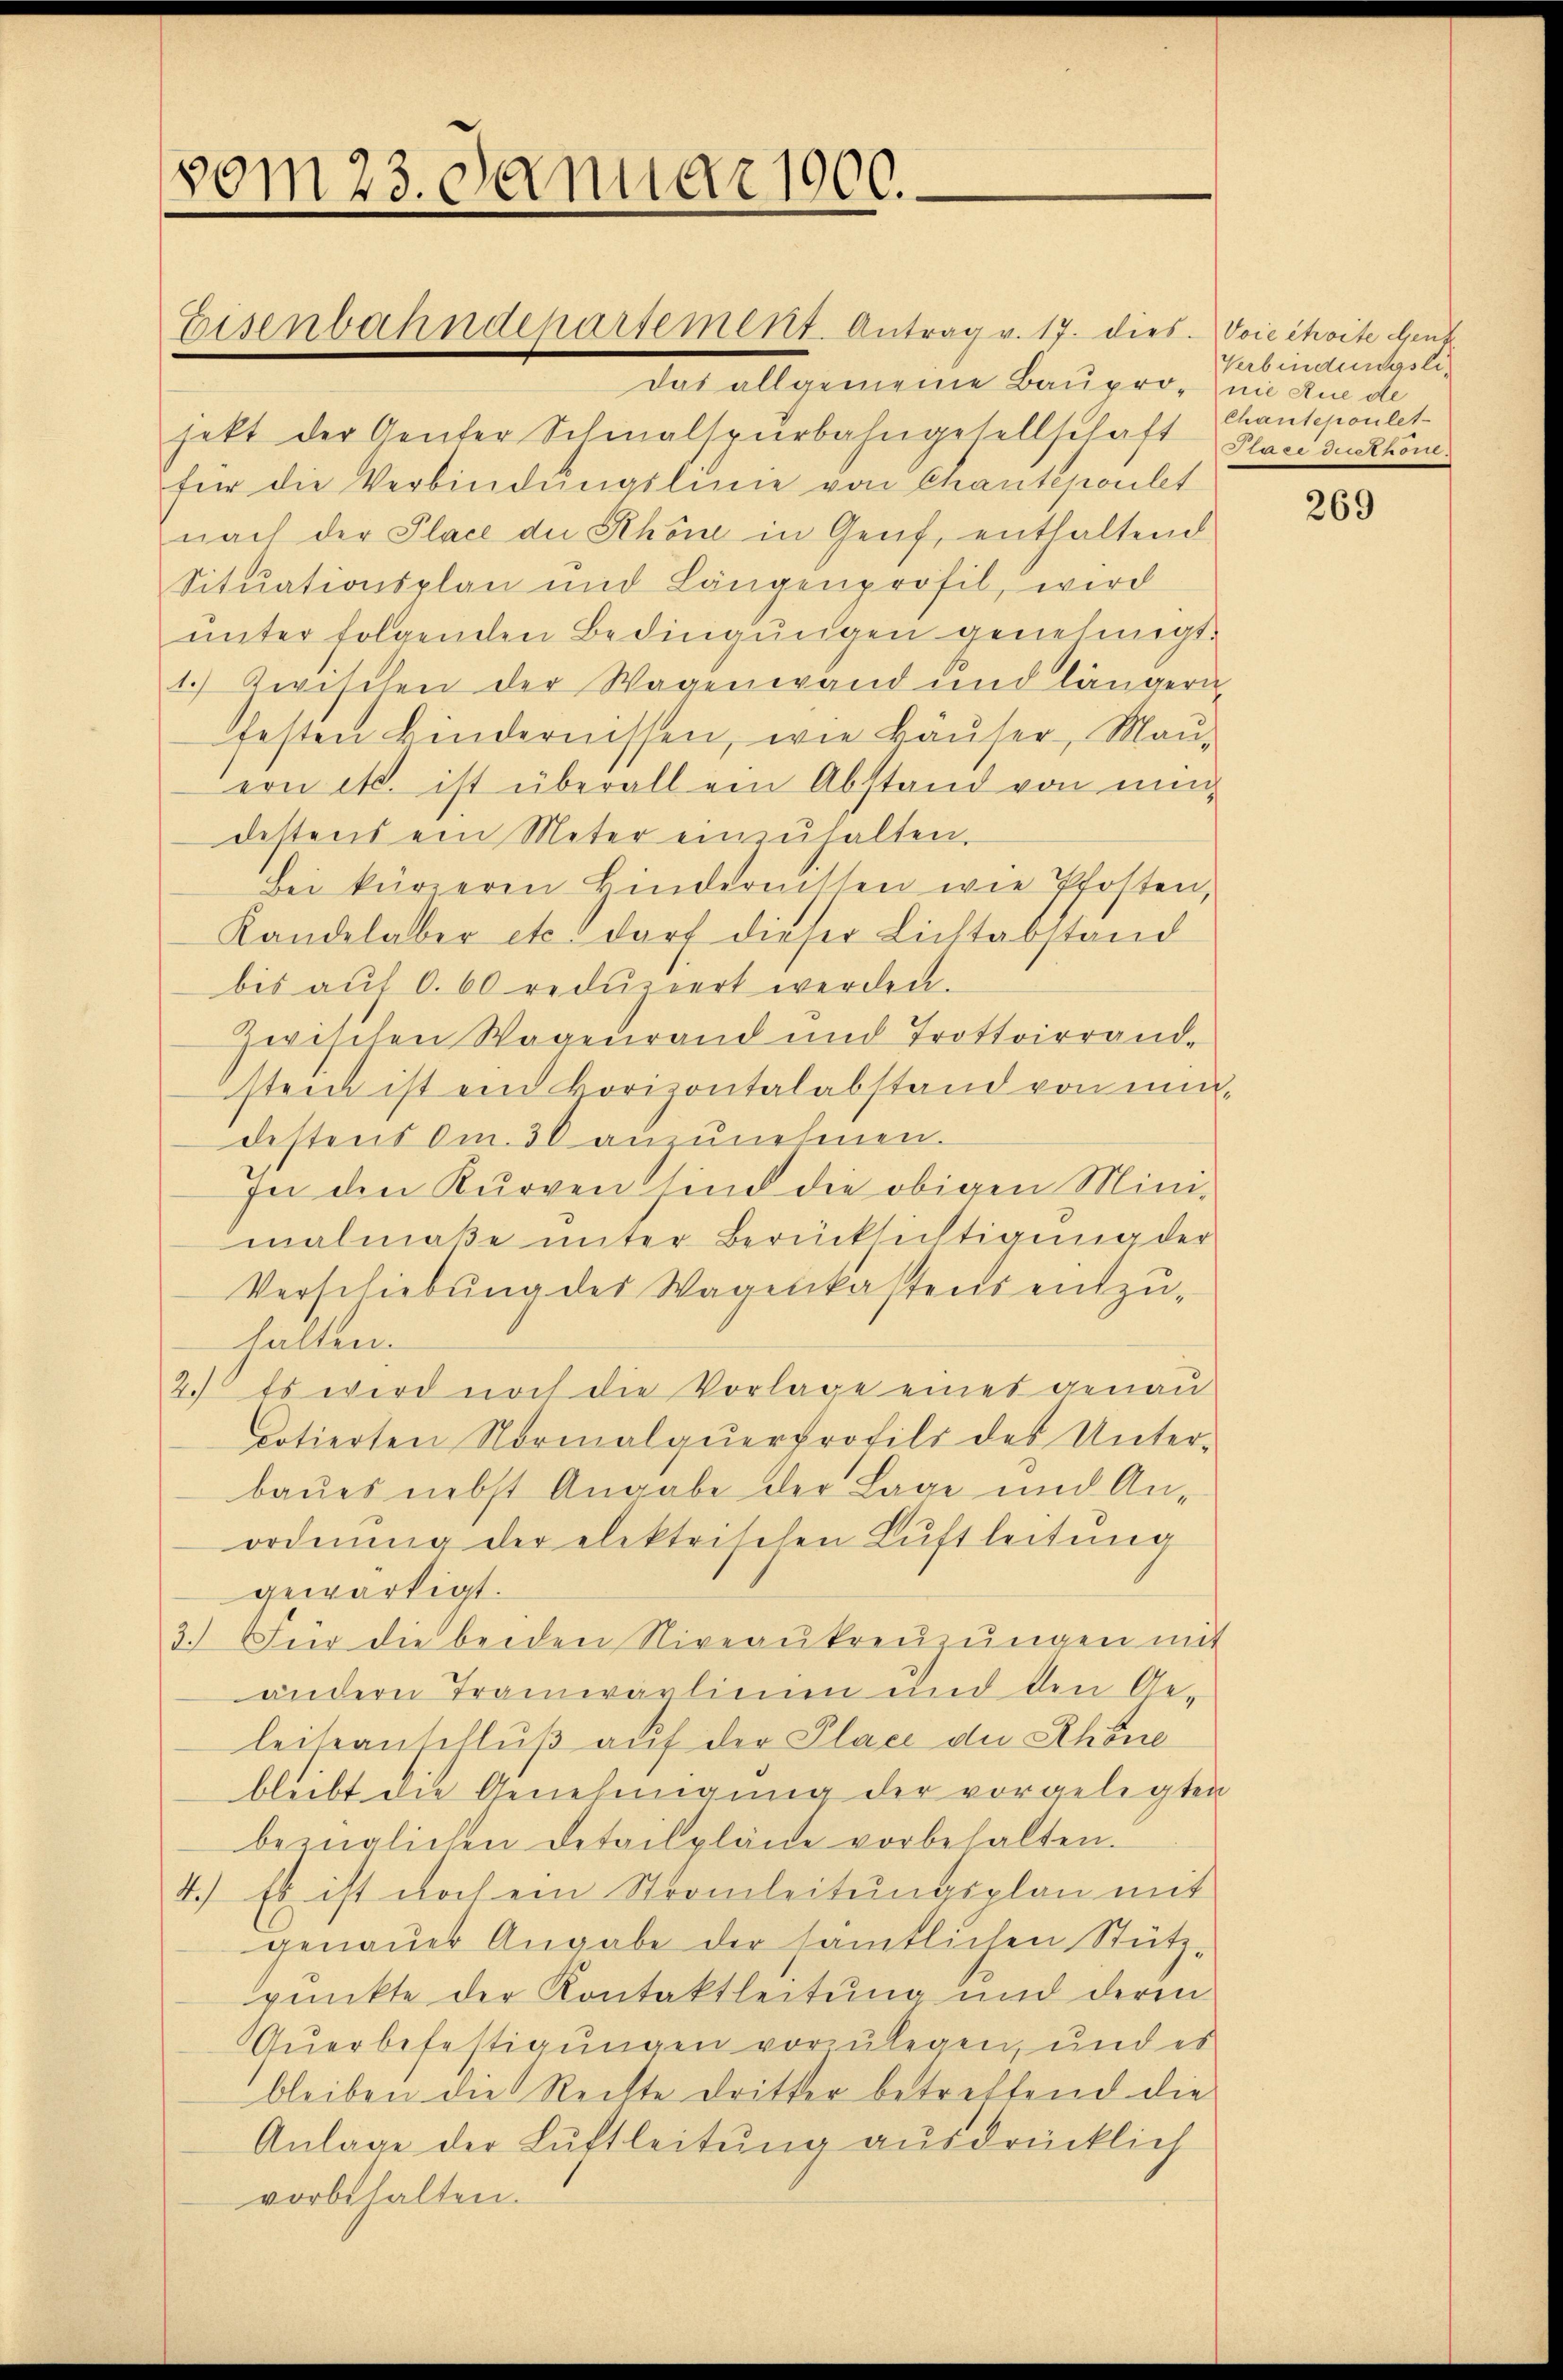
vom 23. Januar 1900.

Eisenbahndepartement. Antrag v. 17. dies. Voie choite Gent
das allgemeine Baupro- nie Rue de
jekt der Genter Schmalspurbahngesellschaft Plan der könfür die Verbindŭngslinie von Chautenaubt
nach der Place die Schöne in Genf, enthaltend
Situationsplan und Längenprofil, wird
ŭnter folgenden Bedingŭngen genehmigt.
1.) Zwischen der Wagenwand und längern
festen kindernissen, wie Bäŭser, Maŭ-
eon etc. ist überall ein Abstand von nun
destens ein Meter einzŭhalten.
Bei kürzeren Kindernitten wie Pfosten,
Kandelaber etc. darf dieser Lichtabstand
bis auf 0.60 reduziert werden.
Zwischen Wagenrand und Trottoirrandstein ist ein Horizontalabstand von nundestens Om. 30 anzunehmen.
In den Kurven sind die obigen Minimalmaße unter Berücksichtigung der
Verschiebŭng des Wagenkastens entzŭ-
halten.
2. Es wird noch die Vorlage eines genau
dotierten Normalqŭerprofils des Unter-
baues nebst Angabe der Lage und Anordnung der elektrischen Luftleitung
gewärtigt.
3.) Für die beiden Niveaŭkreŭzŭngen mit
andern Tramwarlinien und den Geleitanschluß auf der Place die Schöne
bleibt die Genehmigung der vorgelegten
bezüglichen Detailpläne vorbehalten.
4.) Es ist noch ein Stromleitŭngsplan mit
genauer Angabe der sämtlichen Stütz-
punkte der Kontaktleitung und derin
Auerbefestigungen vorzulegen, und es
bleiben die Rechte dritter betreffend die
Anlage der Luftleitung ausdrücklich
vorbehalten.

Verbindungsli¬
Chantepoulet

269